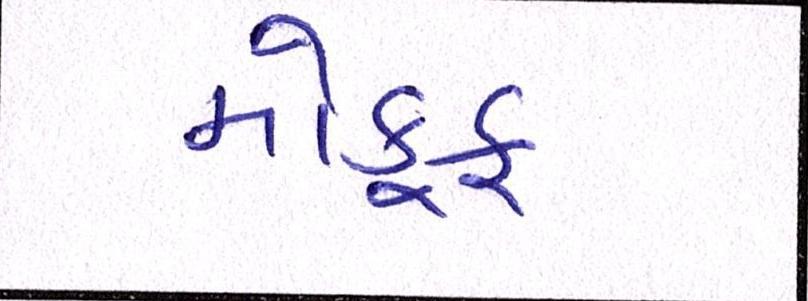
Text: મોકૂફ